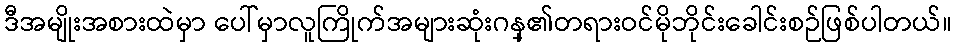
ဒီအမျိုးအစားထဲမှာ ပေါ်မှာလူကြိုက်အများဆုံးဂန္၏တရားဝင်မိုဘိုင်းခေါင်းစဉ်ဖြစ်ပါတယ်။